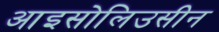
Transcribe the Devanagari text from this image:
आइसोलिउसीन